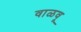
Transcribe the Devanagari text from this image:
वाळवू